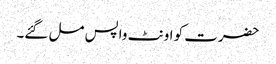
حضرت کو اونٹ واپس مل گئے۔